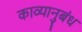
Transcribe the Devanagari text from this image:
काव्यानुबंध